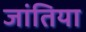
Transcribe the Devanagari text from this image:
जांतिया